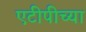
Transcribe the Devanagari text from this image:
एटीपीच्या